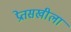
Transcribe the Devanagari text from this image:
प्रेतसखीला